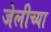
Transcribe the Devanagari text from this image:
जेलीच्या